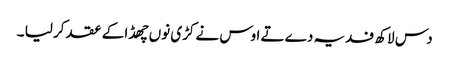
دس لاکھ فدیہ دے تے اوس نے کڑی نوں چھڈا کے عقد کر لیا ۔